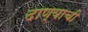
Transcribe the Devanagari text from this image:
दाण्याची